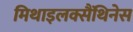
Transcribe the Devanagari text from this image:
मिथाइलक्सैंथिनेस